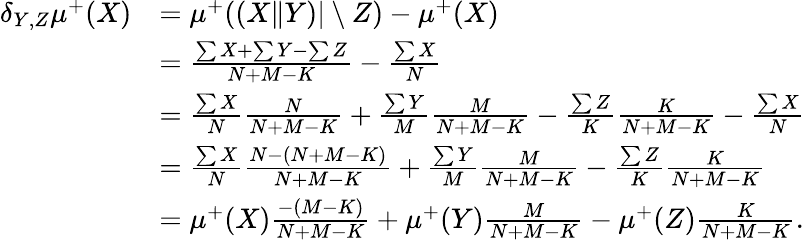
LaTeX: \begin{array}{rl}{\delta_{Y,Z}\mu^{+}(X)}&{=\mu^{+}((X\| Y)\vert\setminus Z)-\mu^{+}(X)}\\ &{=\frac{\sum X+\sum Y-\sum Z}{N+M-K}-\frac{\sum X}{N}}\\ &{=\frac{\sum X}{N}\frac{N}{N+M-K}+\frac{\sum Y}{M}\frac{M}{N+M-K}-\frac{\sum Z}{K}\frac{K}{N+M-K}-\frac{\sum X}{N}}\\ &{=\frac{\sum X}{N}\frac{N-(N+M-K)}{N+M-K}+\frac{\sum Y}{M}\frac{M}{N+M-K}-\frac{\sum Z}{K}\frac{K}{N+M-K}}\\ &{=\mu^{+}(X)\frac{-(M-K)}{N+M-K}+\mu^{+}(Y)\frac{M}{N+M-K}-\mu^{+}(Z)\frac{K}{N+M-K}.}\end{array}